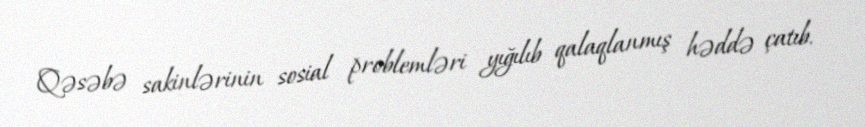
Qəsəbə sakinlərinin sosial problemləri yığılıb qalaqlanmış həddə çatıb.